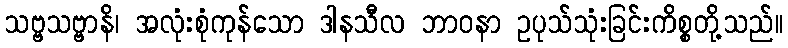
သဗ္ဗသဗ္ဗာနိ၊ အလုံးစုံကုန်သော ဒါနသီလ ဘာဝနာ ဥပုသ်သုံးခြင်းကိစ္စတို့သည်။